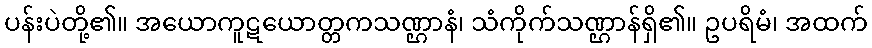
ပန်းပဲတို့၏။ အယောကူဋယောတ္တကသဏ္ဌာနံ၊ သံကိုက်သဏ္ဌာန်ရှိ၏။ ဥပရိမံ၊ အထက်